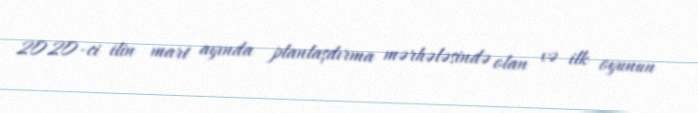
2020-ci ilin mart ayında planlaşdırma mərhələsində olan və ilk oyunun